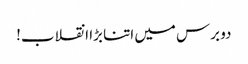
دو برس میں اتنا بڑا انقلاب!